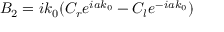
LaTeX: B _ { 2 } = i k _ { 0 } ( C _ { r } e ^ { i a k _ { 0 } } - C _ { l } e ^ { - i a k _ { 0 } } )